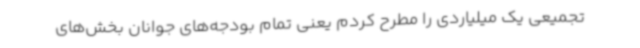
تجمیعی یک میلیاردی را مطرح کردم یعنی تمام بودجه‌های جوانان بخش‌های